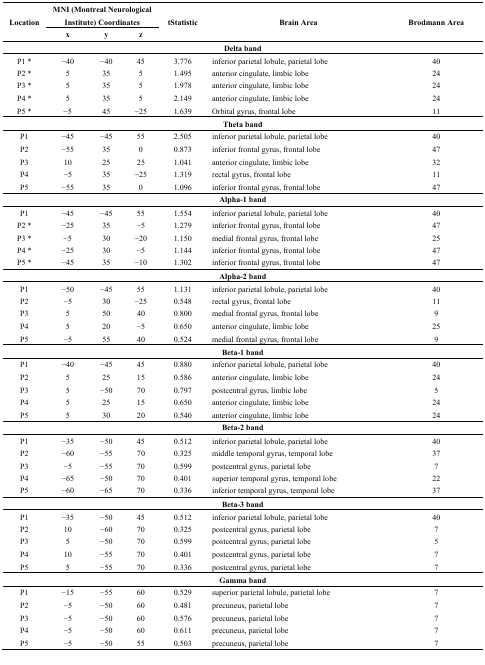
<table><thead><tr><td rowspan="2"><b>Location</b></td><td colspan="3"><b>MNI (Montreal Neurological Institute) Coordinates</b></td><td rowspan="2"><b>tStatistic</b></td><td rowspan="2"><b>Brain Area</b></td><td rowspan="2"><b>Brodmann Area</b></td></tr><tr><td><b>x</b></td><td><b>y</b></td><td><b>z</b></td></tr></thead><tbody><tr><td colspan="7"><b>Delta band</b></td></tr><tr><td>P1 *</td><td>−40</td><td>−40</td><td>45</td><td>3.776</td><td>inferior parietal lobule, parietal lobe</td><td>40</td></tr><tr><td>P2 *</td><td>5</td><td>35</td><td>5</td><td>1.495</td><td>anterior cingulate, limbic lobe</td><td>24</td></tr><tr><td>P3 *</td><td>5</td><td>35</td><td>5</td><td>1.978</td><td>anterior cingulate, limbic lobe</td><td>24</td></tr><tr><td>P4 *</td><td>5</td><td>35</td><td>5</td><td>2.149</td><td>anterior cingulate, limbic lobe</td><td>24</td></tr><tr><td>P5 *</td><td>−5</td><td>45</td><td>−25</td><td>1.639</td><td>Orbital gyrus, frontal lobe</td><td>11</td></tr><tr><td colspan="7"><b>Theta band</b></td></tr><tr><td>P1</td><td>−45</td><td>−45</td><td>55</td><td>2.505</td><td>inferior parietal lobule, parietal lobe</td><td>40</td></tr><tr><td>P2</td><td>−55</td><td>35</td><td>0</td><td>0.873</td><td>inferior frontal gyrus, frontal lobe</td><td>47</td></tr><tr><td>P3</td><td>10</td><td>25</td><td>25</td><td>1.041</td><td>anterior cingulate, limbic lobe</td><td>32</td></tr><tr><td>P4</td><td>−5</td><td>35</td><td>−25</td><td>1.319</td><td>rectal gyrus, frontal lobe</td><td>11</td></tr><tr><td>P5</td><td>−55</td><td>35</td><td>0</td><td>1.096</td><td>inferior frontal gyrus, frontal lobe</td><td>47</td></tr><tr><td colspan="7"><b>Alpha-1 band</b></td></tr><tr><td>P1</td><td>−45</td><td>−45</td><td>55</td><td>1.554</td><td>inferior parietal lobule, parietal lobe</td><td>40</td></tr><tr><td>P2 *</td><td>−25</td><td>35</td><td>−5</td><td>1.279</td><td>inferior frontal gyrus, frontal lobe</td><td>47</td></tr><tr><td>P3 *</td><td>−5</td><td>30</td><td>−20</td><td>1.150</td><td>medial frontal gyrus, frontal lobe</td><td>25</td></tr><tr><td>P4 *</td><td>−25</td><td>30</td><td>−5</td><td>1.144</td><td>inferior frontal gyrus, frontal lobe</td><td>47</td></tr><tr><td>P5 *</td><td>−45</td><td>35</td><td>−10</td><td>1.302</td><td>inferior frontal gyrus, frontal lobe</td><td>47</td></tr><tr><td colspan="7"><b>Alpha-2 band</b></td></tr><tr><td>P1</td><td>−50</td><td>−45</td><td>55</td><td>1.131</td><td>inferior parietal lobule, parietal lobe</td><td>40</td></tr><tr><td>P2</td><td>−5</td><td>30</td><td>−25</td><td>0.548</td><td>rectal gyrus, frontal lobe</td><td>11</td></tr><tr><td>P3</td><td>5</td><td>50</td><td>40</td><td>0.800</td><td>medial frontal gyrus, frontal lobe</td><td>9</td></tr><tr><td>P4</td><td>5</td><td>20</td><td>−5</td><td>0.650</td><td>anterior cingulate, limbic lobe</td><td>25</td></tr><tr><td>P5</td><td>−5</td><td>55</td><td>40</td><td>0.524</td><td>medial frontal gyrus, frontal lobe</td><td>9</td></tr><tr><td colspan="7"><b>Beta-1 band</b></td></tr><tr><td>P1</td><td>−40</td><td>−45</td><td>45</td><td>0.880</td><td>inferior parietal lobule, parietal lobe</td><td>40</td></tr><tr><td>P2</td><td>5</td><td>25</td><td>15</td><td>0.586</td><td>anterior cingulate, limbic lobe</td><td>24</td></tr><tr><td>P3</td><td>5</td><td>−50</td><td>70</td><td>0.797</td><td>postcentral gyrus, limbic lobe</td><td>5</td></tr><tr><td>P4</td><td>5</td><td>25</td><td>15</td><td>0.650</td><td>anterior cingulate, limbic lobe</td><td>24</td></tr><tr><td>P5</td><td>5</td><td>30</td><td>20</td><td>0.540</td><td>anterior cingulate, limbic lobe</td><td>24</td></tr><tr><td colspan="7"><b>Beta-2 band</b></td></tr><tr><td>P1</td><td>−35</td><td>−50</td><td>45</td><td>0.512</td><td>inferior parietal lobule, parietal lobe</td><td>40</td></tr><tr><td>P2</td><td>−60</td><td>−55</td><td>70</td><td>0.325</td><td>middle temporal gyrus, temporal lobe</td><td>37</td></tr><tr><td>P3</td><td>−5</td><td>−55</td><td>70</td><td>0.599</td><td>postcentral gyrus, parietal lobe</td><td>7</td></tr><tr><td>P4</td><td>−65</td><td>−50</td><td>70</td><td>0.401</td><td>superior temporal gyrus, temporal lobe</td><td>22</td></tr><tr><td>P5</td><td>−60</td><td>−65</td><td>70</td><td>0.336</td><td>inferior temporal gyrus, temporal lobe</td><td>37</td></tr><tr><td colspan="7"><b>Beta-3 band</b></td></tr><tr><td>P1</td><td>−35</td><td>−50</td><td>45</td><td>0.512</td><td>inferior parietal lobule, parietal lobe</td><td>40</td></tr><tr><td>P2</td><td>10</td><td>−60</td><td>70</td><td>0.325</td><td>postcentral gyrus, parietal lobe</td><td>7</td></tr><tr><td>P3</td><td>5</td><td>−50</td><td>70</td><td>0.599</td><td>postcentral gyrus, parietal lobe</td><td>5</td></tr><tr><td>P4</td><td>10</td><td>−55</td><td>70</td><td>0.401</td><td>postcentral gyrus, parietal lobe</td><td>7</td></tr><tr><td>P5</td><td>5</td><td>−55</td><td>70</td><td>0.336</td><td>postcentral gyrus, parietal lobe</td><td>7</td></tr><tr><td colspan="7"><b>Gamma band</b></td></tr><tr><td>P1</td><td>−15</td><td>−55</td><td>60</td><td>0.529</td><td>superior parietal lobule, parietal lobe</td><td>7</td></tr><tr><td>P2</td><td>−5</td><td>−50</td><td>60</td><td>0.481</td><td>precuneus, parietal lobe</td><td>7</td></tr><tr><td>P3</td><td>−5</td><td>−50</td><td>60</td><td>0.576</td><td>precuneus, parietal lobe</td><td>7</td></tr><tr><td>P4</td><td>−5</td><td>−50</td><td>60</td><td>0.611</td><td>precuneus, parietal lobe</td><td>7</td></tr><tr><td>P5</td><td>−5</td><td>−50</td><td>55</td><td>0.503</td><td>precuneus, parietal lobe</td><td>7</td></tr></tbody></table>